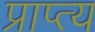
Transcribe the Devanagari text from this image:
प्राप्त्य